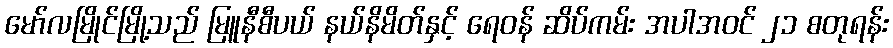
မော်လမြိုင်မြို့သည် မြူနီစီပယ် နယ်နိမိတ်နှင့် ရေဝန် ဆိပ်ကမ်း အပါအဝင် ၂၁ စတုရန်း